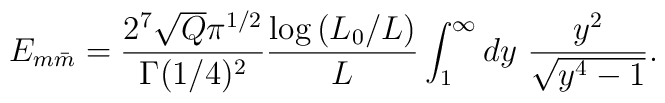
E_{m\bar m}= {2^7\sqrt{Q}\pi^{1/2}\over \Gamma(1/4)^2}{\log{(L_0/L)}\over L }\int_1^\infty dy \  { y^2\over  \sqrt{y^4-1}}.